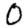
Digit: 0